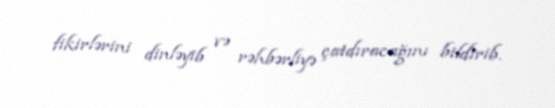
fikirlərini dinləyib və rəhbərliyə çatdıracağını bildirib.